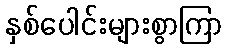
နှစ်ပေါင်းများစွာကြာ